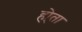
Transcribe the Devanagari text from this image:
हो्ता